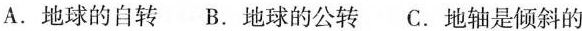
9.四季的形成与______有关。